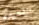
القصيدة